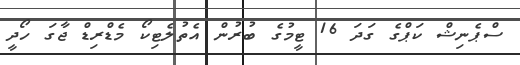
ސްޕެނިޝް ކަޕްގެ ގަދަ 16 ޓީމުގެ ބުރުން އެތުލެޓިކޯ މެޑްރިޑް ޖާގަ ހޯދީ